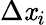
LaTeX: \Delta\mathit{x}_{i}